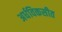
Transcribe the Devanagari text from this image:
अर्धविकसीत